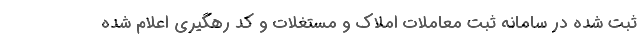
ثبت شده در سامانه ثبت معاملات املاک و مستغلات و کد رهگیری اعلام شده